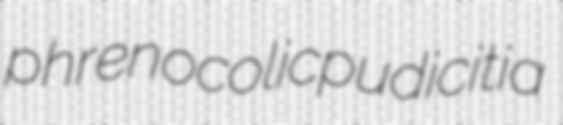
phrenocolic pudicitia